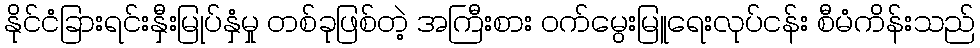
နိုင်ငံခြားရင်းနှီးမြုပ်နှံမှု တစ်ခုဖြစ်တဲ့ အကြီးစား ဝက်မွေးမြူရေးလုပ်ငန်း စီမံကိန်းသည်